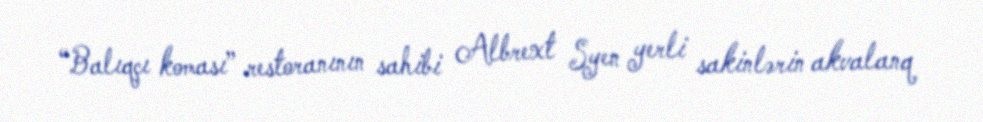
“Balıqçı koması” restoranının sahibi Albrext Syen yerli sakinlərin akvalanq